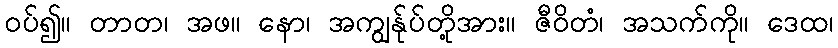
ဝပ်၍။ တာတ၊ အဖ။ နော၊ အကျွန်ုပ်တို့အား။ ဇီဝိတံ၊ အသက်ကို။ ဒေထ၊